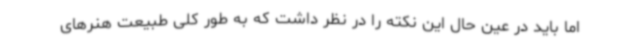
اما باید در عین حال این نکته را در نظر داشت که به طور کلی طبیعت هنرهای